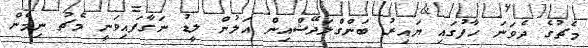
މެޗުގެ ދެވަނަ ހާފުގައި ޔައިރު ބަންގްލަދޭޝްއިން އަލުން ލީޑު ނަގާފައިވަނީ މެޗު ނިމެން